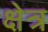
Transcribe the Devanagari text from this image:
क्षेत्र